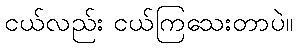
ငယ်လည်း ငယ်ကြသေးတာပဲ။